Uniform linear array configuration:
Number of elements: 16
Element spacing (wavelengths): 0.5
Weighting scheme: uniform
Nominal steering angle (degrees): -60
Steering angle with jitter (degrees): -60.375
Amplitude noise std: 0.05
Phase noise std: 0.05

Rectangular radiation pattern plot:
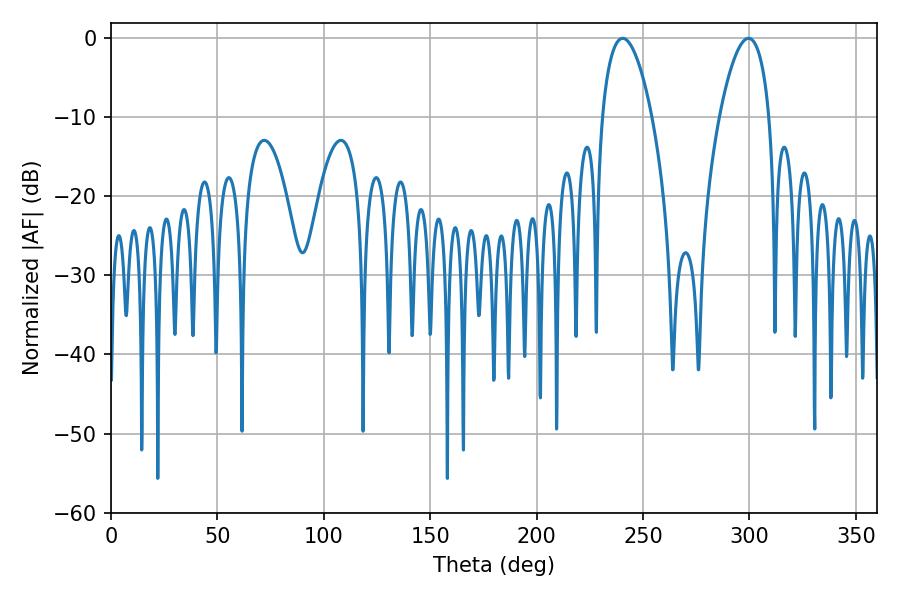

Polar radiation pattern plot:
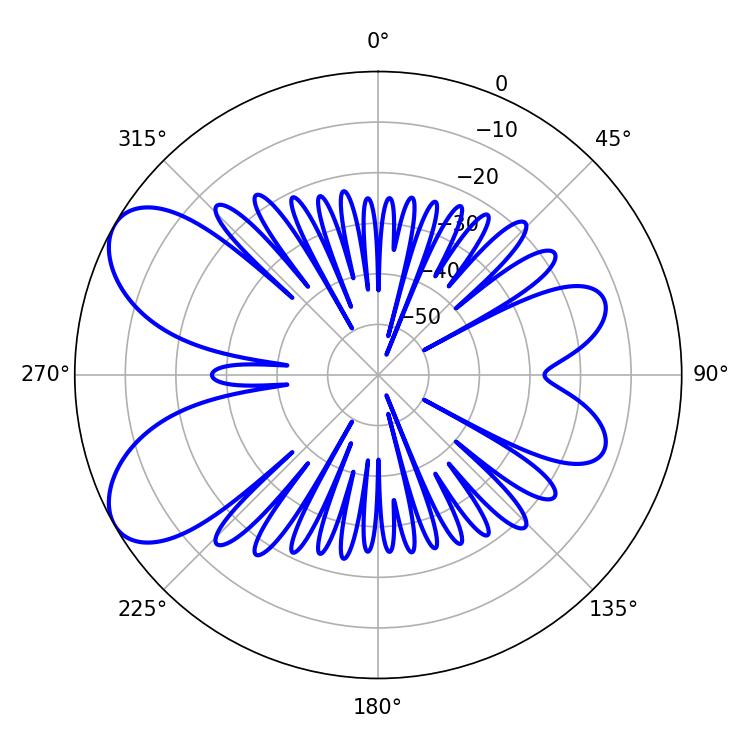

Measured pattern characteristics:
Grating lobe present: FALSE
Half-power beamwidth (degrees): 13.14
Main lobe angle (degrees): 240.48